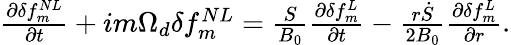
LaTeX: \begin{array}{r}{\frac{\partial\delta f_{m}^{NL}}{\partial t}+{im\Omega_{d}\delta f_{m}^{NL}}={\frac{S}{B_{0}}\frac{\partial\delta f_{m}^{L}}{\partial t}}-\frac{r\dot{S}}{2B_{0}}\frac{\partial\delta f_{m}^{L}}{\partial r}.}\end{array}